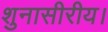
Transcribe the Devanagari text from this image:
शुनासीरीय।